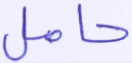
حامل